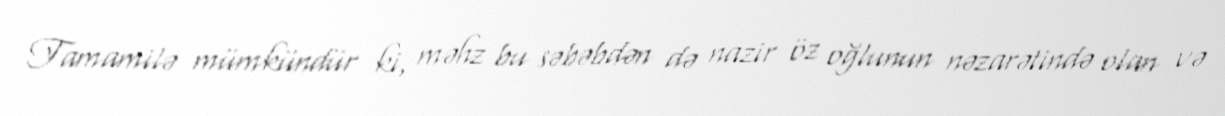
Tamamilə mümkündür ki, məhz bu səbəbdən də nazir öz oğlunun nəzarətində olan və